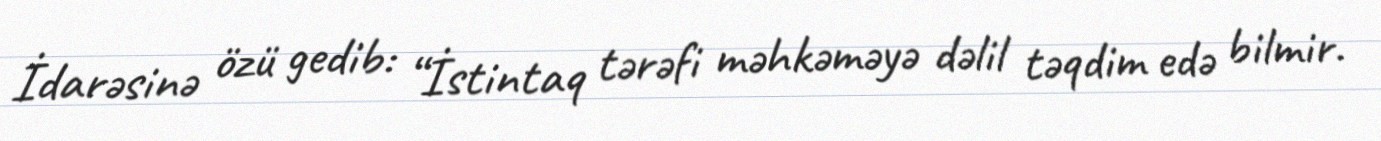
İdarəsinə özü gedib: “İstintaq tərəfi məhkəməyə dəlil təqdim edə bilmir.